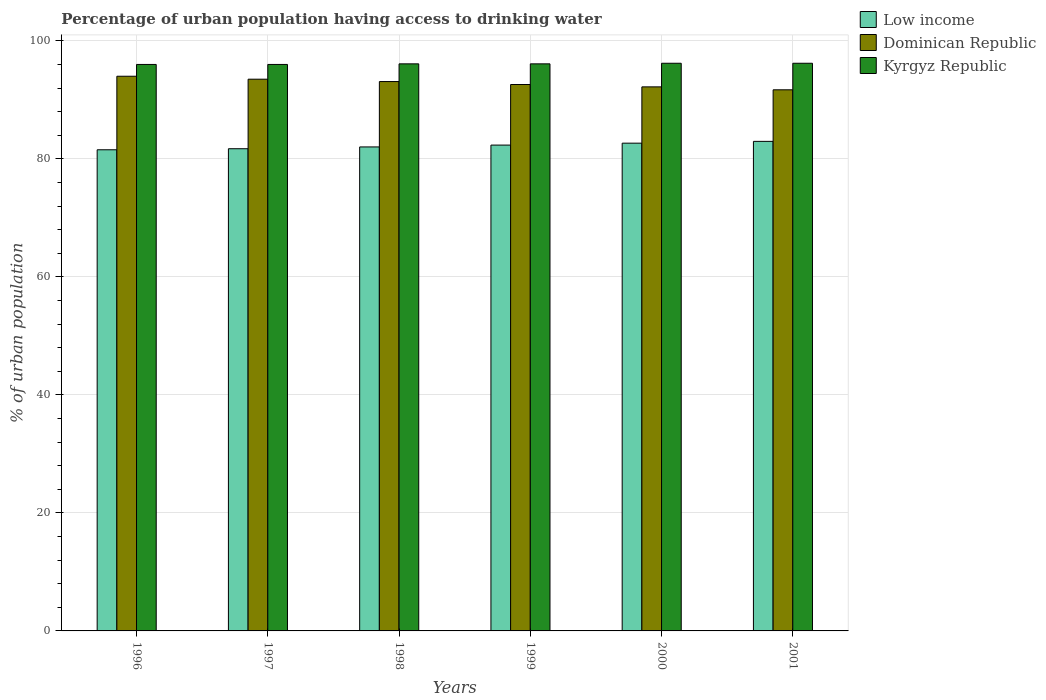
| Years | Low income | Dominican Republic | Kyrgyz Republic |
 | --- | --- | --- | --- |
 | 1996 | 81.5 | 94 | 96 |
 | 1997 | 81.7 | 93.5 | 96 |
 | 1998 | 82 | 93.1 | 96.1 |
 | 1999 | 82.3 | 92.6 | 96.1 |
 | 2000 | 82.7 | 92.2 | 96.2 |
 | 2001 | 83 | 91.7 | 96.2 |